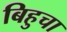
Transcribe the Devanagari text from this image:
बिहुचा